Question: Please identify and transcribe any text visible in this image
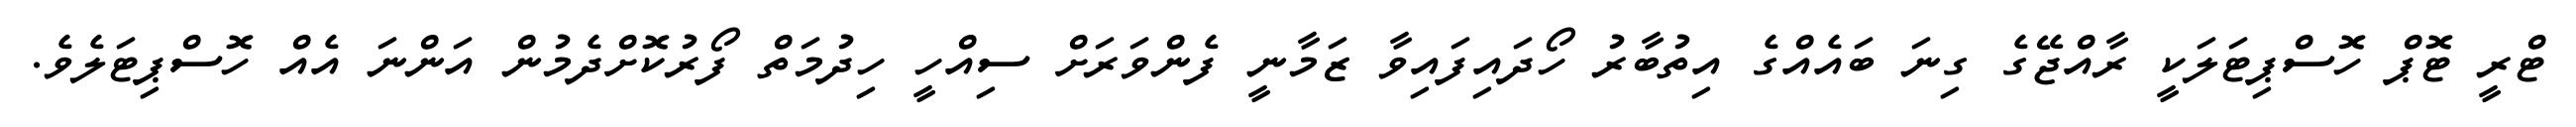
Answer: ޓްރީ ޓޮޕް ހޮސްޕިޓަލަކީ ރާއްޖޭގެ ގިނަ ބައެއްގެ އިތުބާރު ހޯދައިފައިވާ ޒަމާނީ ފެންވަރަށް ސިއްހީ ހިދުމަތް ފޯރުކޮށްދެމުން އަންނަ އެއް ހޮސްޕިޓަލެވެ.